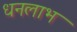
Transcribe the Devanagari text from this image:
धनलाभ